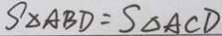
S _ { \Delta A B D } = S _ { \Delta A C D }